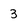
Character: 3